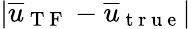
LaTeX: \lvert\overline{{u}}_{\mathrm{~T~F~}}-\overline{{u}}_{\mathrm{~t~r~u~e~}}\rvert